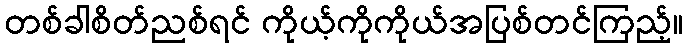
တစ်ခါစိတ်ညစ်ရင် ကိုယ့်ကိုကိုယ်အပြစ်တင်ကြည့်။